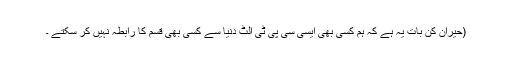
(حیران کن بات یہ ہے کہ ہم کسی بھی ایسی سی پی ٹی الٹ دنیا سے کسی بھی قسم کا رابطہ نہیں کر سکتے ۔